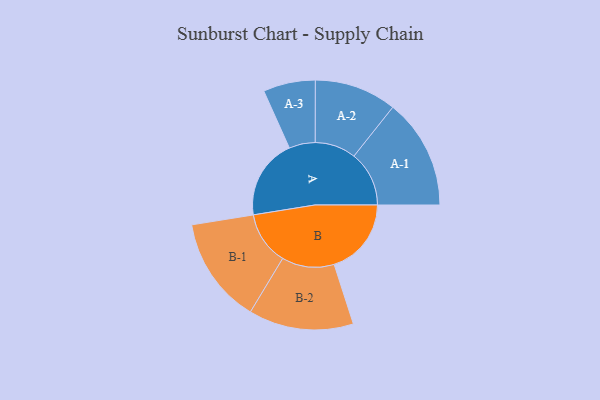
{"axis": {"x": "Segment", "y": "Value"}, "legend": ["", "A", "B"], "data": [{"x": "A", "y": 422, "type": ""}, {"x": "B", "y": 406, "type": ""}, {"x": "A-1", "y": 290, "type": "A"}, {"x": "A-2", "y": 216, "type": "A"}, {"x": "A-3", "y": 137, "type": "A"}, {"x": "B-1", "y": 280, "type": "B"}, {"x": "B-2", "y": 276, "type": "B"}]}